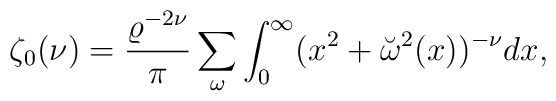
\zeta_0(\nu)={\varrho^{-2\nu} \over \pi }\sum_\omega\int_{0}^{\infty}(x^2+\breve{\omega}^2(x))^{-\nu}dx,